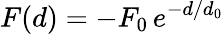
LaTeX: F(d)=-F_{0}\, e^{-d/d_{0}}